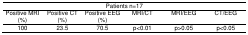
| <COLSPAN=6> Patients n=17 |
 | Positive MRI (%) | Positive CT (%) | Positive EEG (%) | MRI/CT | MRI/EEG | CT/EEG |
 | --- | --- | --- | --- | --- | --- |
 | 100 | 23.5 | 70.5 | p<0.01 | p>0.05 | p<0.05 |